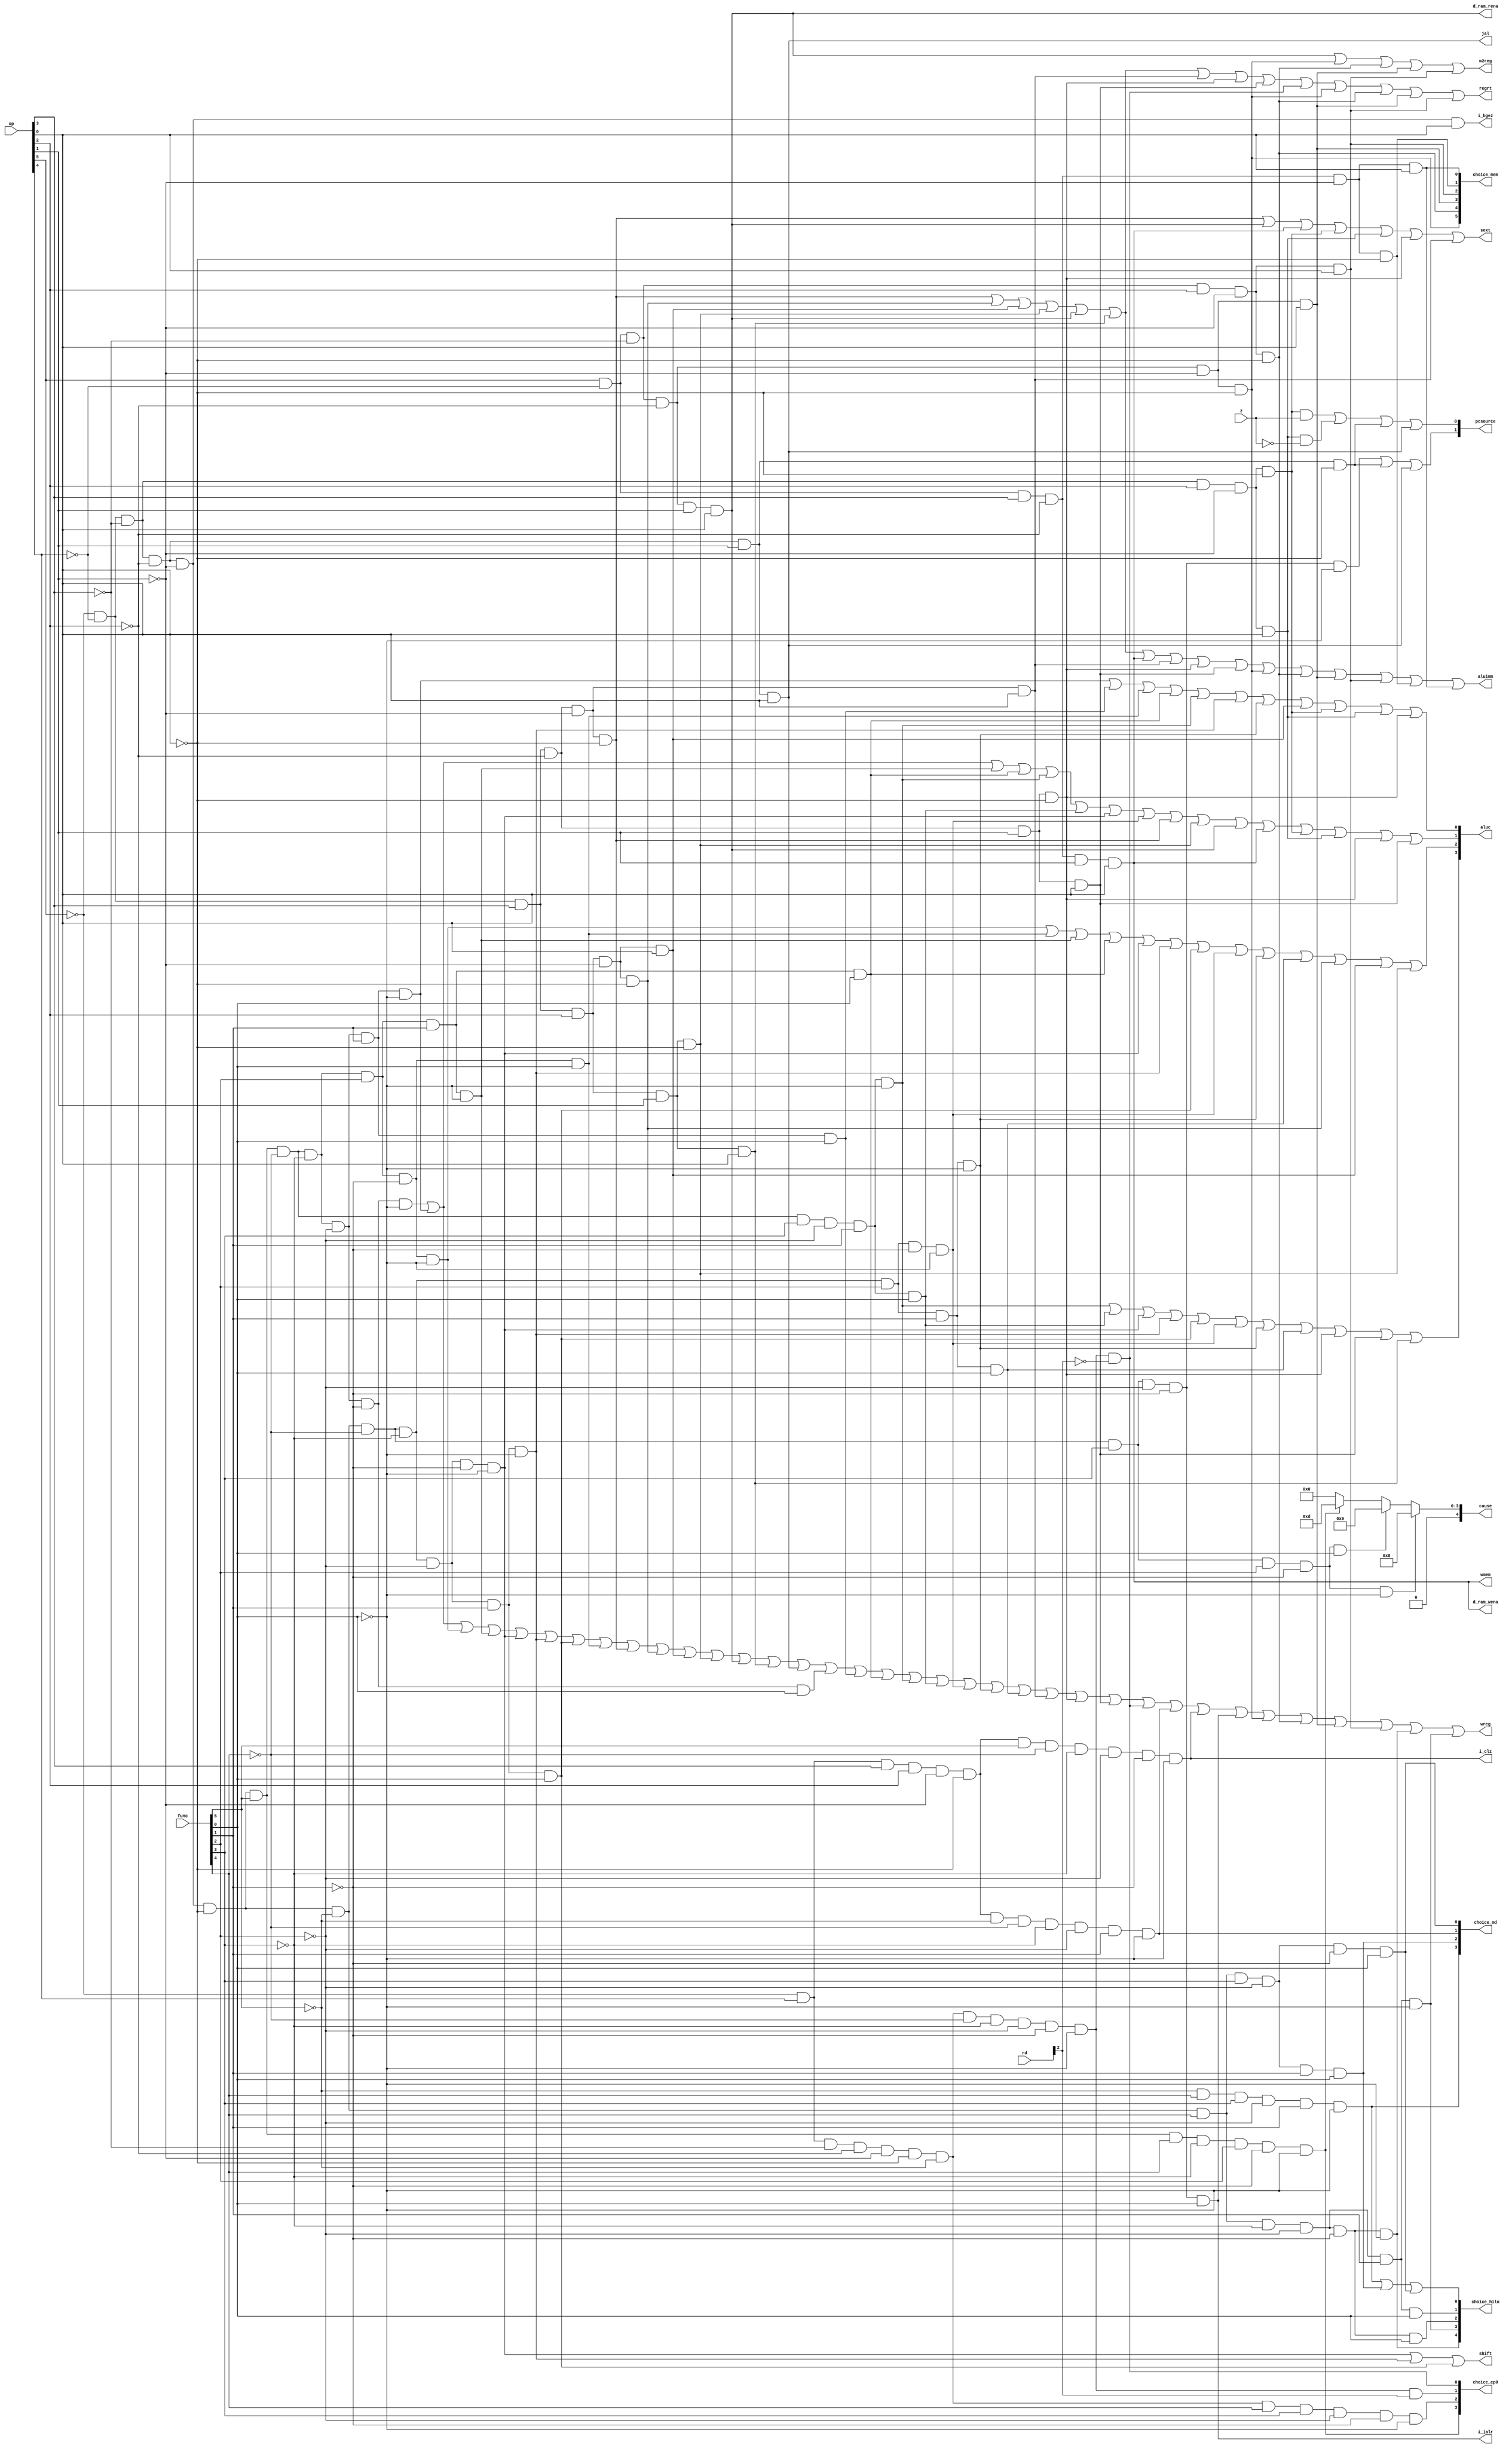
`timescale 1ns / 1ps
//////////////////////////////////////////////////////////////////////////////////
// Company: 
// Engineer: 
// 
// Design Name: 
// Module Name: sccu_dataflow
// Project Name: 
// Target Devices: 
// Tool Versions: 
// Description: 
// 
// Dependencies: 
// 
// Revision:
// Revision 0.01 - File Created
// Additional Comments:
// 
//////////////////////////////////////////////////////////////////////////////////


module Con_Unit(
//cpu31
input [5:0] op,
input [5:0] func,
input z,
output wreg,
output regrt,
output jal,
output m2reg,
output shift,
output aluimm,
output sext,
output wmem,
output [3:0] aluc,
output [1:0] pcsource,
output d_ram_wena,
output d_ram_rena,
//cp0
input [4:0] rd,
output [4:0] cause,
//others
output i_clz,
output i_jalr,
output i_bgez,
//choice
output [3:0] choice_md,
output [4:0] choice_hilo,
output [5:0] choice_mem,
output [3:0] choice_cp0
    );

wire r_type=~op[5] & ~op[4] &~op[3] &~op[2] &~op[1] &~op[0];
assign i_clz= ~op[5] & op[4] & op[3] & op[2] & ~op[1] & ~op[0]
            & func[5] & ~func[4] & ~func[3] & ~func[2] & ~func[1] & ~func[0];

assign i_jalr= r_type & ~func[5] & ~func[4] & func[3] & ~func[2] & ~func[1] & func[0];
assign i_bgez=    ~op[5] & ~op[4] & ~op[3] & ~op[2] & ~op[1] & op[0];

wire i_lb =   op[5] & ~op[4] & ~op[3] & ~op[2] & ~op[1] & ~op[0];
wire i_lbu=   op[5] & ~op[4] & ~op[3] &  op[2] & ~op[1] & ~op[0];
wire i_lhu=   op[5] & ~op[4] & ~op[3] &  op[2] & ~op[1] &  op[0];
wire i_sb=    op[5] & ~op[4] &  op[3] & ~op[2] & ~op[1] & ~op[0];
wire i_sh=    op[5] & ~op[4] &  op[3] & ~op[2] & ~op[1] &  op[0];
wire i_lh =   op[5] & ~op[4] & ~op[3] & ~op[2] & ~op[1] &  op[0];

wire i_mfhi = r_type & ~func[5] &  func[4] & ~func[3] & ~func[2] & ~func[1] & ~func[0];
wire i_mflo = r_type & ~func[5] &  func[4] & ~func[3] & ~func[2] &  func[1] & ~func[0];
wire i_mthi = r_type & ~func[5] &  func[4] & ~func[3] & ~func[2] & ~func[1] &  func[0];
wire i_mtlo = r_type & ~func[5] &  func[4] & ~func[3] & ~func[2] & func[1]  &  func[0];

wire i_mul =  ~op[5] & op[4] & op[3] & op[2] & ~op[1] & ~op[0]
                     & ~func[5] & ~func[4] & ~func[3] & ~func[2] &  func[1] & ~func[0];
wire i_multu= r_type & ~func[5] &  func[4] &  func[3] & ~func[2] & ~func[1] &  func[0];
wire i_div= ~func[5] & func[4] & func[3] & ~func[2] & func[1] & ~func[0];
wire i_divu= r_type & ~func[5] & func[4] & func[3] & ~func[2] & func[1] & func[0];

wire i_syscall=r_type& ~func[5] &  ~func[4]&  func[3] &  func[2] & ~func[1] & ~func[0];
wire i_teq=   r_type &  func[5] &  func[4] & ~func[3] &  func[2] & ~func[1] & ~func[0];
wire i_break=  r_type& ~func[5] &  ~func[4]&  func[3] &  func[2] & ~func[1] &  func[0];
wire i_mtc0 = ~op[5] & op[4] & ~op[3] & ~op[2] & ~op[1] & ~op[0]
                     & ~func[5] & ~func[4] & ~func[3] & ~func[2] & ~func[1] & ~func[0] &  rd[2];
wire i_mfc0= ~op[5] & op[4] & ~op[3] & ~op[2] & ~op[1] & ~op[0]
                     & ~func[5] & ~func[4] & ~func[3] & ~func[2] & ~func[1] & ~func[0] & ~rd[2];
wire i_eret= ~op[5] & op[4] & ~op[3] & ~op[2] & ~op[1] & ~op[0]
            & ~func[5] & func[4] & func[3] & ~func[2] & ~func[1] & ~func[0];



//choice 
assign choice_hilo = { i_mfhi, i_mflo , i_mthi, i_mtlo , (i_div | i_divu | i_multu)};
assign choice_md   = { i_div , i_divu , i_mul , i_multu};
assign choice_mem  = { i_lb , i_lbu , i_lh , i_lhu , i_sb , i_sh}; 
assign choice_cp0  = { i_teq , i_eret , i_mtc0 , i_mfc0};

parameter   SYSCALL = 4'b1000,
            BREAK   = 4'b1001,
            TEQ     = 4'b1101;
assign cause = i_syscall ? SYSCALL :
                ( i_break ? BREAK :
                ( i_teq ? TEQ : 4'b0000 ));
//////////////////////////////////////////////////////////////////////////////////////


wire i_add=r_type & func[5] & ~func[4] & ~func[3] &~ func[2] & ~func[1] & ~func[0];
wire i_addu=r_type & func[5] & ~func[4] & ~func[3] &~ func[2] & ~func[1] & func[0];
wire i_sub=r_type & func[5] & ~func[4] &~ func[3] & ~func[2] & func[1] & ~func[0];
wire i_subu=r_type & func[5] & ~func[4] & ~func[3] &~ func[2] & func[1] & func[0];
wire i_and=r_type & func[5] & ~func[4] & ~func[3] & func[2] & ~func[1] & ~func[0];
wire i_or= r_type & func[5] & ~func[4] & ~func[3] & func[2] & ~func[1] & func[0];
wire i_xor=r_type & func[5] & ~func[4] & ~func[3] & func[2] & func[1] & ~func[0];
wire i_nor= r_type & func[5] & ~func[4] & ~func[3] & func[2] & func[1] & func[0];
wire i_slt= r_type & func[5] & ~func[4] & func[3] & ~func[2] & func[1] & ~func[0];
wire i_sltu= r_type & func[5] & ~func[4] & func[3] & ~func[2] & func[1] & func[0];
wire i_sll= r_type & ~func[5] & ~func[4] & ~func[3] & ~func[2] & ~func[1] & ~func[0];
wire i_srl= r_type & ~func[5] & ~func[4] & ~func[3] & ~func[2] & func[1] & ~func[0];
wire i_sra= r_type & ~func[5] & ~func[4] & ~func[3] & ~func[2] & func[1] & func[0];
wire i_sllv= r_type & ~func[5] & ~func[4] & ~func[3] & func[2] & ~func[1] & ~func[0];
wire i_srlv= r_type & ~func[5] & ~func[4] & ~func[3] & func[2] & func[1] & ~func[0];
wire i_srav= r_type & ~func[5] & ~func[4] & ~func[3] & func[2] & func[1] & func[0];
wire i_jr= r_type & ~func[5] & ~func[4] & func[3] & ~func[2] & ~func[1] & ~func[0];

wire i_addi= ~op[5] & ~op[4] & op[3] & ~op[2] & ~op[1] & ~op[0];
wire i_addiu= ~op[5] & ~op[4] & op[3] & ~op[2] & ~op[1] & op[0];
wire i_andi= ~op[5] & ~op[4] & op[3] & op[2] & ~op[1] & ~op[0];
wire i_ori= ~op[5] & ~op[4] & op[3] & op[2] & ~op[1] & op[0];
wire i_xori= ~op[5] & ~op[4] & op[3] & op[2] & op[1] & ~op[0];
wire i_lw= op[5] & ~op[4] & ~op[3] & ~op[2] & op[1] & op[0];
wire i_sw= op[5] & ~op[4] & op[3] & ~op[2] & op[1] & op[0];
wire i_beq= ~op[5] & ~op[4] & ~op[3] & op[2] & ~op[1] & ~op[0];
wire i_bne= ~op[5] & ~op[4] & ~op[3] & op[2] & ~op[1] & op[0];
wire i_slti= ~op[5] & ~op[4] & op[3] & ~op[2] & op[1] & ~op[0];
wire i_sltiu= ~op[5] & ~op[4] & op[3] & ~op[2] & op[1] & op[0];
wire i_lui= ~op[5] & ~op[4] & op[3] & op[2] & op[1] & op[0];
wire i_j= ~op[5] & ~op[4] & ~op[3] & ~op[2] & op[1] & ~op[0];
wire i_jal= ~op[5] & ~op[4] & ~op[3] & ~op[2] & op[1] & op[0];

assign wreg       = i_add | i_sub | i_and | i_xor | i_sll | i_srl | i_sra | i_or |
                    i_addi | i_andi | i_ori | i_xori | i_lw | i_lui | i_jal |
                    i_addu | i_subu | i_nor | i_slt | i_sltu | i_sllv | i_srlv |
                    i_srav | i_addiu | i_slti | i_sltiu |
                    i_mfc0 | i_mul | i_clz | i_jalr | i_lb | i_lbu | i_lh | i_lhu | i_mfhi | i_mflo;
assign regrt      = i_addi | i_andi | i_ori | i_xori | i_lw | i_lui | //i_jal | ??
                    i_addiu | i_slti | i_sltiu |
                    i_mfc0 | i_lb | i_lbu | i_lh | i_lhu ;
assign jal        = i_jal;
assign m2reg      = i_lw |
                    i_lb | i_lbu | i_lh | i_lhu ;
assign shift      = i_sll | i_srl | i_sra ;
assign aluimm     = i_addi | i_andi | i_ori | i_xori | i_lw | i_lui | i_sw |
                    i_addiu | i_slti | i_sltiu |
                    i_lb | i_lbu | i_lh | i_lhu | i_sb | i_sh;
assign sext       = i_addi | i_lw | i_sw | i_beq | i_bne |
                    i_slti | i_addiu;
assign aluc[3]    = i_slt | i_sltu | i_sll | i_srl | i_sra | i_sllv | i_srlv | i_srav | i_slti | i_sltiu | i_lui;
assign aluc[2]    = i_and | i_or | i_xor | i_nor | i_sll | i_srl | i_sra |i_sllv | i_srlv | i_srav | i_andi | i_ori | i_xori ;
assign aluc[1]    = i_add | i_sub | i_xor | i_nor | i_slt | i_sltu | i_sll | i_sllv | i_addi | i_xori | i_lw | i_sw | i_beq | i_bne | i_slti | i_sltiu ;
assign aluc[0]    = i_sub | i_subu | i_or | i_nor | i_slt | i_srl | i_srlv | i_ori | i_beq | i_bne | i_slti;
assign wmem       = i_sw ;
assign pcsource[1]= i_jr | i_j | i_jal ;
assign pcsource[0]= i_beq&z | i_bne&~z | i_j | i_jal;
assign d_ram_wena = i_sw;
assign d_ram_rena = i_lw;
///////////////////////////////////////////////////////////////////////

endmodule


// wire i_unimplemented = ~(i_mfc0 | i_mtc0 | i_eret | i_syscall |
//                 i_add | i_sub | i_and | i_or | i_xor | i_sll | i_srl |
//                 i_sra | i_jr | i_addi | i_andi | i_ori | i_xori | i_lw |
//                 i_sw | i_beq | i_bne | i_lui | i_j | i_jal);



//?????????? 4? ???? ???? ????? ??

// wire overflow = ov & (i_add | i_sub | i_addi);
// wire int_int  = sta[0] & intr;
// wire exc_sys  = sta[1] & i_syscall;//??
// wire exc_uni  = sta[2] & unimplemented_inst;//??
// wire exc_ovr  = sta[3] & overflow;
// assign exc    = int_int | exc_ovr | exc_sys | exc_uni;
// assign inta   = int_int;
// // ExcCode 00 ???? 01 ????  10 ?????? 11 ??
// wire ExcCode0 = i_syscall | overflow;   //??
// wire ExcCode1 = unimplemented_inst | overflow ;//??
// assign cause  = { 28'h0 , ExcCode1 , ExcCode0 , 2'b00 };
// //??3??????????
// assign mtc0 = i_mtc0;//??
// assign wsta = exc | mtc0 & rd_is_status | i_eret;
// assign wcau = exc | mtc0 & rd_is_cause;
// assign wepc = exc | mtc0 & rd_is_epc;

// wire rd_is_status = {rd == 5'd12};//cp0 status register
// wire rd_is_cause  = {rd == 5'd13};//cp0 cause register
// wire rd_is_epc    = {rd == 5'd14};//cp0 epc register
// assign mfc0[0]    = i_mfc0 & rd_is_status | i_mfc0 & rd_is_epc;
// assign mfc0[1]    = i_mfc0 & rd_is_cause  | i_mfc0 & rd_is_epc;

// //00:??? 01:EPC 10:????????????
// assign selpc[0] = i_eret;
// assign selpc[1] = exc;